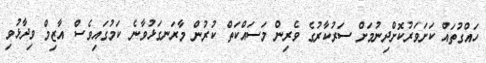
ހައްގުތައް ކަށަވަރުކޮށްދިނުމަށް ސަރުކާރުގެ ވެރިން މަސައްކަތް ކުރުން މާރަނގަޅުވާނެ ކަމުގައިވެސް އާޒިމް ވިދާޅުވި